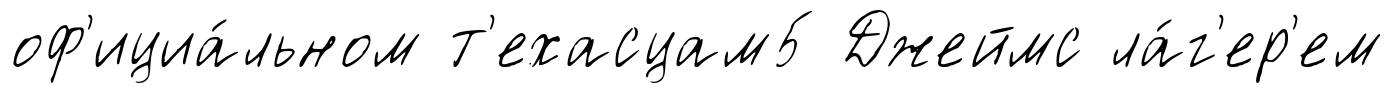
оф'ициа́льном т'ехасцам5 Джеймс ла́г'ер'ем